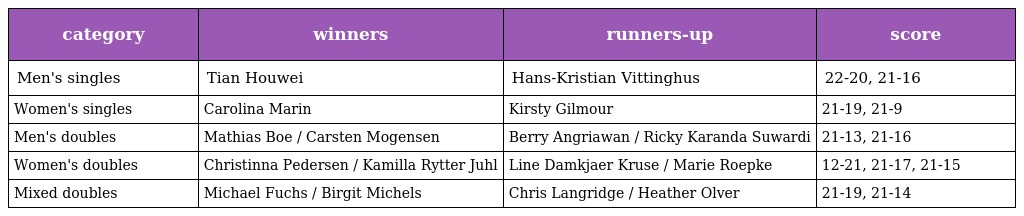
| category | winners | runners-up | score |
 | --- | --- | --- | --- |
 | Men's singles | Tian Houwei | Hans-Kristian Vittinghus | 22-20, 21-16 |
 | Women's singles | Carolina Marin | Kirsty Gilmour | 21-19, 21-9 |
 | Men's doubles | Mathias Boe / Carsten Mogensen | Berry Angriawan / Ricky Karanda Suwardi | 21-13, 21-16 |
 | Women's doubles | Christinna Pedersen / Kamilla Rytter Juhl | Line Damkjaer Kruse / Marie Roepke | 12-21, 21-17, 21-15 |
 | Mixed doubles | Michael Fuchs / Birgit Michels | Chris Langridge / Heather Olver | 21-19, 21-14 |